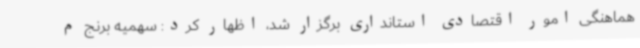
هماهنگی امور اقتصادی استانداری برگزار شد، اظهار کرد: سهمیه برنج م